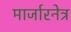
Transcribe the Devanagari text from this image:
मार्जारनेत्र